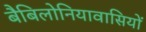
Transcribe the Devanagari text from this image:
बैबिलोनियावासियों